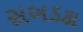
સબડકા